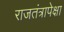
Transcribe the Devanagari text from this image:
राजतंत्रापेक्षा